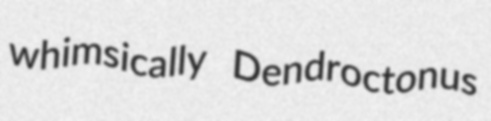
whimsically Dendroctonus